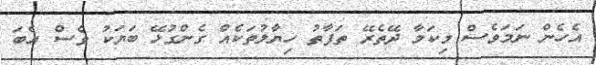
އެހެން ނަމަވެސް މިކަމާ ދޭތެރޭ ތަފާތު ހިޔާލުތަކެއް ގެންގުޅޭ ބަޔަކު ވެސް އެބަ